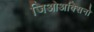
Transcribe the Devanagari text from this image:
जिओअक्सिनो